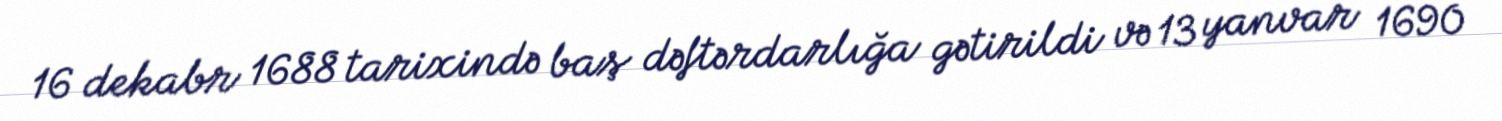
16 dekabr 1688 tarixində baş dəftərdarlığa gətirildi və 13 yanvar 1690